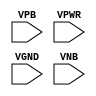
module sky130_fd_sc_hdll__tap (
    //# {{power|Power}}
    input VPB ,
    input VPWR,
    input VGND,
    input VNB
);
endmodule